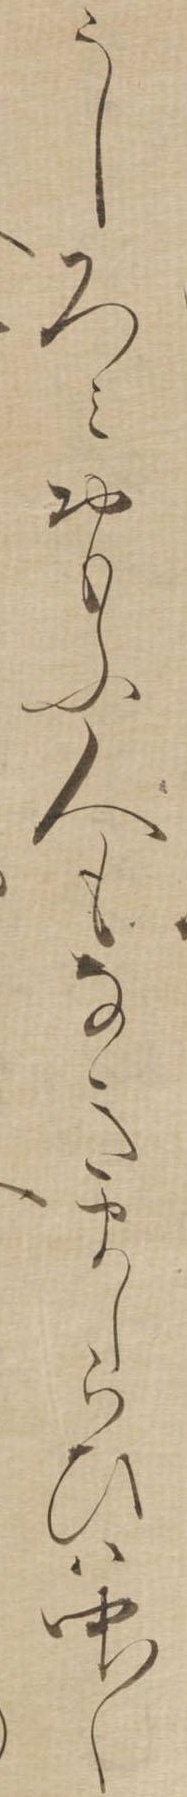
うしろみおもふ人もなきましらひは中〱